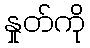
နှုတ်ကို